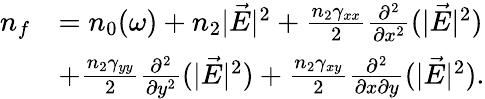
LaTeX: \begin{array}{rl}{n_{f}}&{=n_{0}(\omega)+n_{2}|\vec{E}|^{2}+\frac{n_{2}\gamma_{xx}}{2}\frac{\partial^{2}}{\partial x^{2}}(|\vec{E}|^{2})}\\ &{+\frac{n_{2}\gamma_{yy}}{2}\frac{\partial^{2}}{\partial y^{2}}(|\vec{E}|^{2})+\frac{n_{2}\gamma_{xy}}{2}\frac{\partial^{2}}{\partial x\partial y}(|\vec{E}|^{2}).}\end{array}